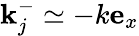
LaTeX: \textbf{k}_{j}^{-}\simeq-k\mathbf{e}_{x}